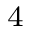
_ { 4 }